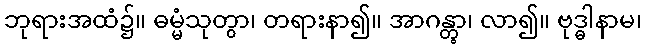
ဘုရားအထံ၌။ ဓမ္မံသုတွာ၊ တရားနာ၍။ အာဂန္တွာ၊ လာ၍။ ဗုဒ္ဓါနာမ၊